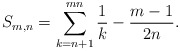
\begin{align*}S_{m,n}=\sum_{k=n+1}^{mn}\frac{1}{k} - \frac{m-1}{2n}.\end{align*}